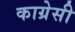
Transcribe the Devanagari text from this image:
काग्रेसी